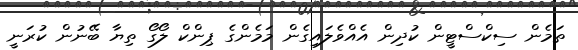
ތަމެން ސިކްސްޓީން ކުދިން އެއްވެލައިގެން މަމެންގެ ޕިންކް ލޯގޯ ތިޔާ ބޭނުން ކުރަނީ